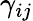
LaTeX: \gamma_{ij}